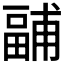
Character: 𭻧